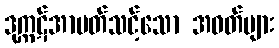
ဒုက္ကဋ်အာပတ်သင့်သော အဝတ်များ